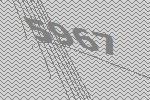
5967